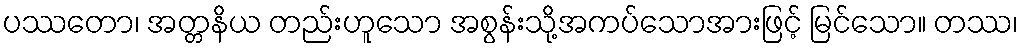
ပဿတော၊ အတ္တနိယ တည်းဟူသော အစွန်းသို့အကပ်သောအားဖြင့် မြင်သော။ တဿ၊